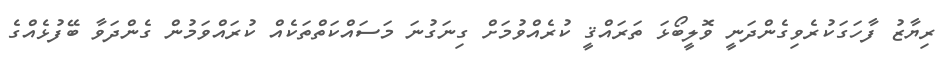
ރިޔާޒު ފާހަގަކުރެވިގެންދަނީ ވޮލީބޯޅަ ތަރައްޤީ ކުރެއްވުމަށް ގިނަގުނަ މަސައްކަތްތަކެއް ކުރައްވަމުން ގެންދަވާ ބޭފުޅެއްގެ